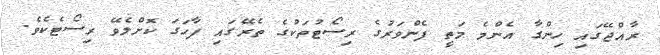
ރާއްޖޭގައި ހިންގާ އެންމެ މަތީ ފެންވަރުގެ ރިސޯޓުތަކުގެ ތެރޭގައި ފާހަގަ ކޮށްލެވޭ ރިސޯޓެކެވެ.